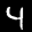
Label: 4